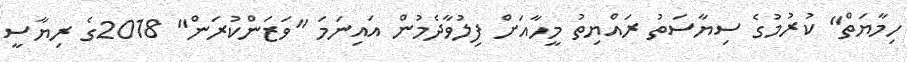
ހިމާޔަތް" ކުރުމުގެ ސިޔާސަތު ރައްޔިތު މީހާއަށް ފިލުވާދެމުން އައިނަމަ "ވަޒަންކުރަން" 2018ގެ ރިޔާސީ